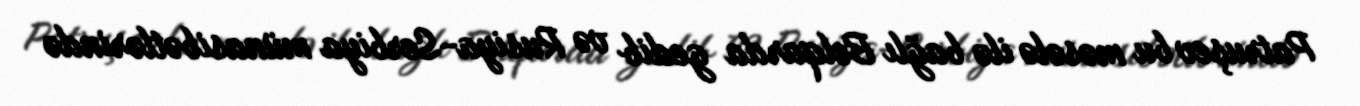
Patruşev bu məsələ ilə bağlı Belqarda gedib və Rusiya-Serbiya münasibətlərində